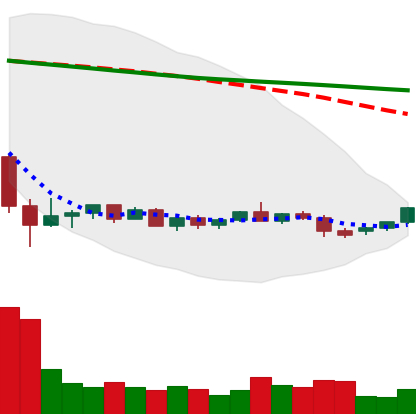
Ticker: EOS-USD
Chart end date: 2022-05-30
Forward return: -7.208%
Label: down_7plus